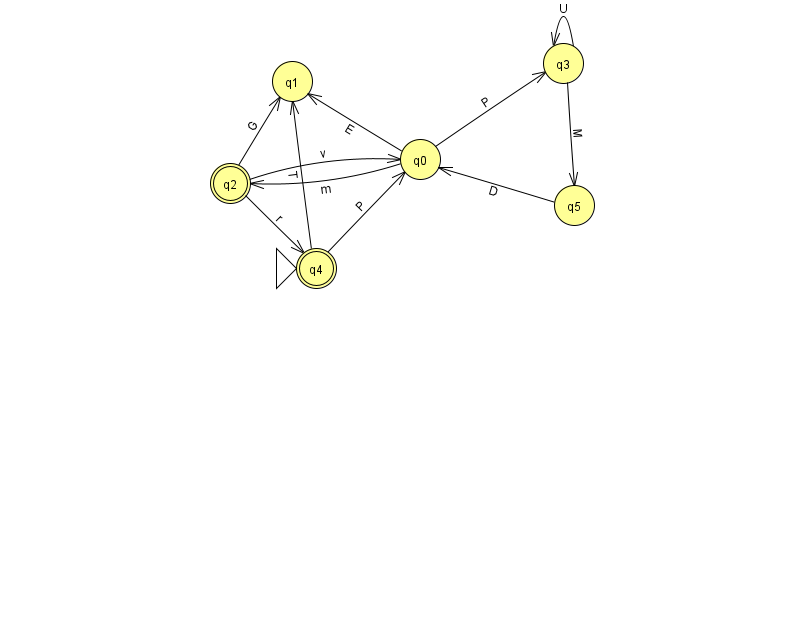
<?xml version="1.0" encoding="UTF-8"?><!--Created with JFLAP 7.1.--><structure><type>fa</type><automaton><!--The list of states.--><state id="0" name="q0"><x>420.0</x><y>146.0</y></state><state id="1" name="q1"><x>292.0</x><y>68.0</y></state><state id="2" name="q2"><x>230.0</x><y>170.0</y><final/></state><state id="3" name="q3"><x>563.0</x><y>50.0</y></state><state id="4" name="q4"><x>316.0</x><y>255.0</y><initial/><final/></state><state id="5" name="q5"><x>574.0</x><y>192.0</y></state><!--The list of transitions.--><transition><from>3</from><to>5</to><read>M</read></transition><transition><from>4</from><to>1</to><read>T</read></transition><transition><from>2</from><to>0</to><read>v</read></transition><transition><from>3</from><to>3</to><read>U</read></transition><transition><from>0</from><to>3</to><read>P</read></transition><transition><from>2</from><to>1</to><read>G</read></transition><transition><from>0</from><to>1</to><read>E</read></transition><transition><from>4</from><to>0</to><read>P</read></transition><transition><from>2</from><to>4</to><read>r</read></transition><transition><from>0</from><to>2</to><read>m</read></transition><transition><from>5</from><to>0</to><read>D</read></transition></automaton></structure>